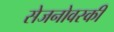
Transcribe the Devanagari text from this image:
सेजनोवस्की